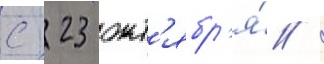
с 23 окт'ябр'я́ /